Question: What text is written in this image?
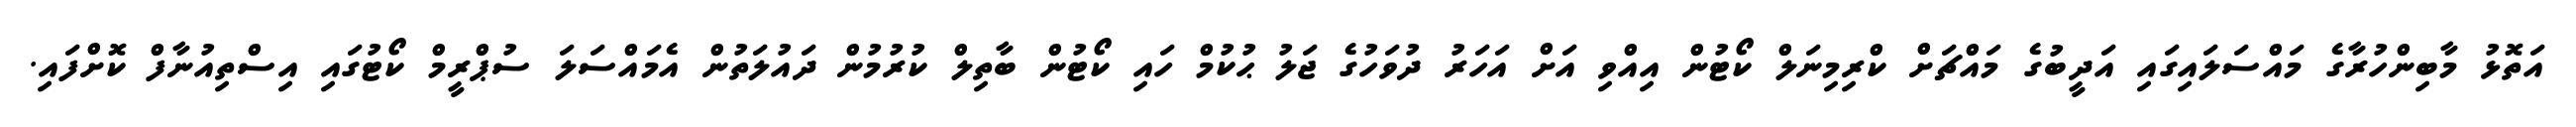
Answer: އަތޮޅު މާބިންހުރާގެ މައްސަލައިގައި އަދީބުގެ މައްޗަށް ކްރިމިނަލް ކޯޓުން އިއްވި އަށް އަހަރު ދުވަހުގެ ޖަލު ޙުކުމް ހައި ކޯޓުން ބާތިލް ކުރުމުން ދައުލަތުން އެމައްސަލަ ސުޕްރީމް ކޯޓުގައި އިސްތިއުނާފް ކޮށްފައި.